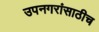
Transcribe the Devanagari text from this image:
उपनगरांसाठीच